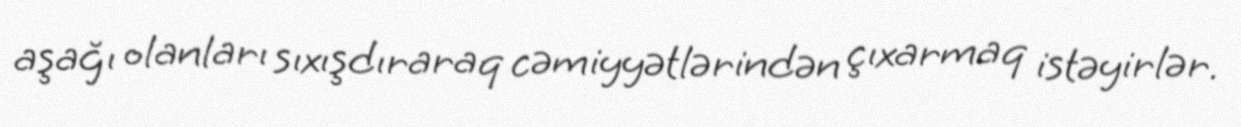
aşağı olanları sıxışdıraraq cəmiyyətlərindən çıxarmaq istəyirlər.